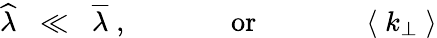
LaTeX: \widehat{\lambda}\; \; \ll\; \; \overline{{{\lambda}}}\; ,\; \; \; \; \; \; \; \; \; \; \; \; \; \mathrm{or}\; \; \; \; \; \; \; \; \; \; \; \; \; \; \langle\; k_{\perp}\; \rangle